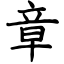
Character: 章